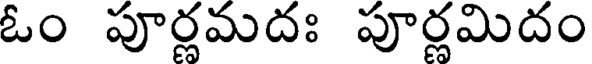
ఓం పూర్ణమదః పూర్ణమిదం